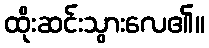
ထိုးဆင်းသွားလေ၏။